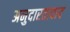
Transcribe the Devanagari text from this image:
अनुदारतावाद